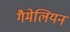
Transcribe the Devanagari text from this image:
गैमेलियन